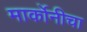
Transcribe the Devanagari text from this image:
मार्कोनीचा